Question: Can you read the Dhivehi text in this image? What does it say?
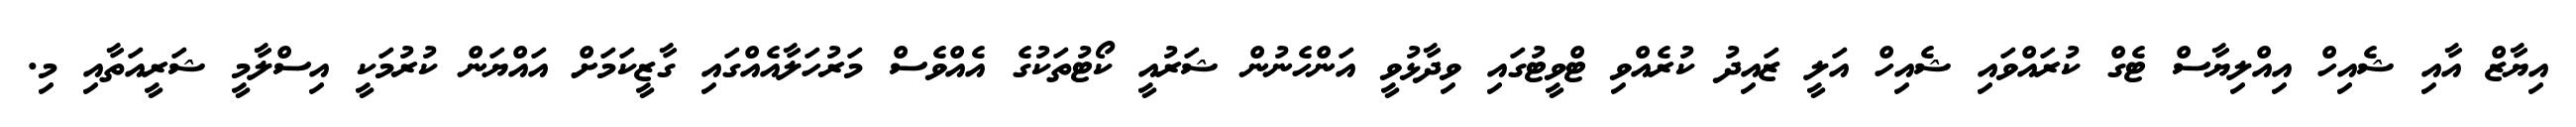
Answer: އިޔާޒް އާއި ޝެއިހް އިއްލިޔާސް ޓެގް ކުރައްވައި ޝެއިހް އަލީ ޒައިދު ކުރެއްވި ޓްވީޓުގައި ވިދާޅުވީ އަންހެނުން ޝަރުއީ ކޯޓުތަކުގެ އެއްވެސް މަރުހަލާއެއްގައި ގާޒީކަމަށް އައްޔަން ކުރުމަކީ އިސްލާމީ ޝަރީއަތާއި މި.